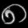
Digit: ၈